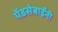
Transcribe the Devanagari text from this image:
पेंडसेबाईंनी